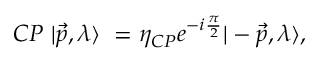
C P \mathrm { ~ } | \overrightarrow { p } , \lambda \rangle \mathrm { ~ } = \eta _ { C P } e ^ { - i \frac \pi 2 } | - \overrightarrow { p } , \lambda \rangle ,